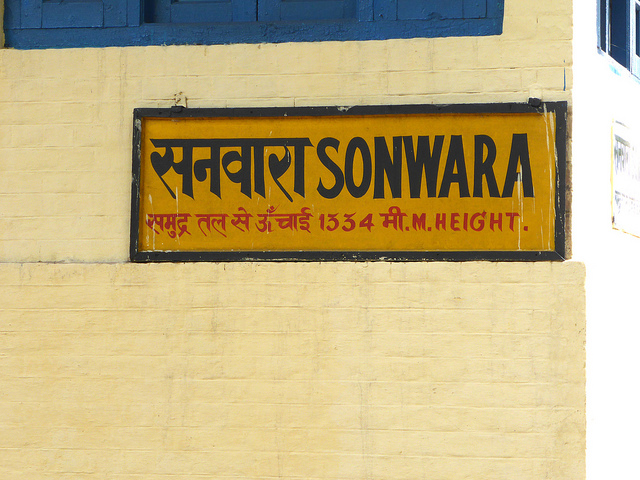
Language: hindi
Transcription: सनवारा समुद्र तल ऊँचाई से